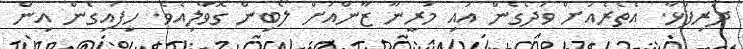
ދަރިފުޅާ. އެތެރެއަށް ވަދެގެން އައި މަރީނާ ޒާންއަށް ލޯބިން ގޮވާލިއެވެ. ހިފައިގެން އިން